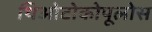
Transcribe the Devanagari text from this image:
थिओटोकोपूलोस